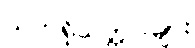
သက်ရှိသတ္တဝါများ